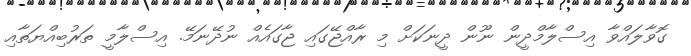
ގޮވާލައްވާ އިސްލާމްދީން ނޫން ދީނަކަށް މި ރާއްޖޭގައި ޖާގައެއް ނުދޭނަމޭ. އިސްލާމީ ތަރުބިއްޔަތާއި